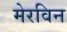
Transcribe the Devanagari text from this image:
मेरविन